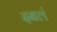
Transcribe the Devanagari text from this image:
दबलं